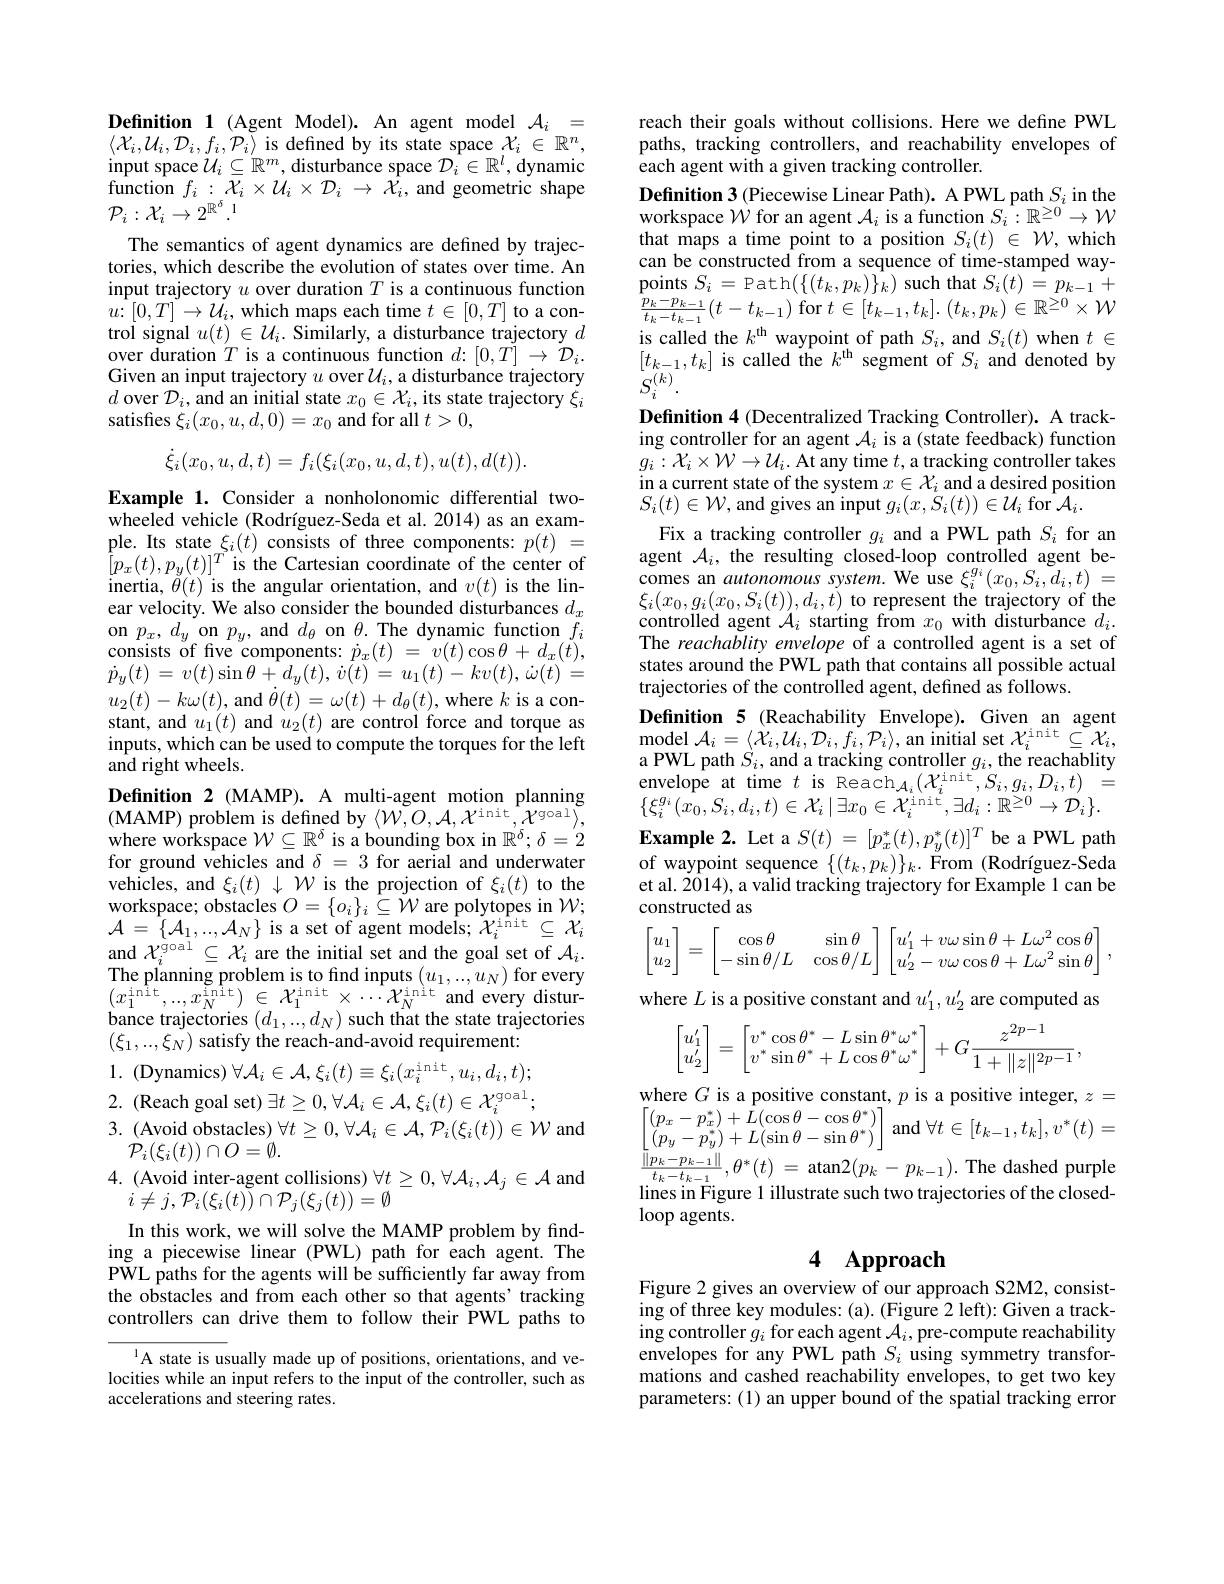
Definition 1 (Agent Model). An agent model $\mathcal{A}_i=$ $\langle\mathcal{X}_{i},\mathcal{U}_{i},\mathcal{D}_{i},f_{i},\mathcal{P}_{i}\rangle$ is defined by its state space $\mathcal{X}_i\in\mathbb{R}^{n}$, input space $\mathcal{U}_i\subseteq\mathbb{R}^m$, disturbance space $\mathcal{D}_i\in\mathbb{R}^l$, dynamic function $f_{i}:\mathcal{X}_{i}\times\mathcal{U}_{i}\times\mathcal{D}_{i}\to\bar{\mathcal{X}}_{i}$,and geometric shape $\mathcal{P}_i:\mathcal{X}_i\to2^{\mathbb{R}^\delta}.^1$
The semantics of agent dynamics are defined by trajectories, which describe the evolution of states over time. An input trajectory $u$ over duration $T$ is a continuous function $\begin{array}{l}{u\colon[0,T]\to U_{i},~\mathrm{which~maps~each~time~}t\in[0,T]~\mathrm{to~a~con-}}\\{\text{trol signal }u(t)\in\mathcal{U}_{i}.~\mathrm{Similarly,~a~disturbance~trajectory~}d}\\{\text{over duration }T~\mathrm{is~a~continuous~function~}d:~[0,T]\to~\mathcal{D}_{i}.}\end{array}$ Given an input trajectory $u$ over $\mathcal{U}_i$, a disturbance trajectory $d$ over $\mathcal{D}_i$, and an initial state $x_0\in\mathcal{X}_i$, its state trajectory $\xi_i$ satisfies $\xi_i(x_0,u,d,0)=x_0$ and for all $t>0$,
$$\dot{\xi}_{i}(x_{0},u,d,t)=f_{i}(\xi_{i}(x_{0},u,d,t),u(t),d(t)).$$
Example 1. Consider a nonholonomic differential twowheeled vehicle (Rodríguez-Seda et al.2014) as an exam- $\begin{array}{ll}{\mathrm{ple.~Its~state~}\xi_{i}(t)~\mathrm{consists~of~three~components:~}p(t)~=}\\{[p_{x}(t),p_{y}(t)]^{T}~\mathrm{is~the~Cartesian~coordinate~of~the~center~of}}\\{\mathrm{inertia,~}\theta(t)~\mathrm{is~the~angular~orientation,~and~}v(t)~\mathrm{is~the~lin-}}\end{array}$ ear velocity. We also consider the bounded disturbances $d_x$ on $p_x,d_y$ on $p_y$, and $d_\theta$ on $\theta.$ The dynamic function $f_i$ consists of five components: $\dot{p}_x(t)~=~\dot{v}(t)\cos\theta+d_x(\bar{t})$, $\dot{p} _{y}( t)$ = $v( t) \sin \theta + d_{y}( t) $, $\dot{v} ( t)$ = $u_{1}( t) -$ $kv( t) $, $\dot{\omega } ( t)$ = $u_{2}(t)-k\omega(t)$, and $\dot\theta(t)=\omega(t)+d_{\theta}(t)$, where $k$ is a constant, and $u_1(t)$ and $u_2(t)$ are control force and torque as inputs, which can be used to compute the torques for the left and right wheels.
Definition 2 (MAMP). A multi-agent motion planning (MAMP) problem is defined by $\langle W, O, \mathcal{A} , \mathcal{X} ^{\mathrm{init}}, \mathcal{X} ^{\mathrm{goal}}\rangle $, where workspace $\mathcal{W}\subseteq\mathbb{R}^\delta$ is a bounding box in $\mathbb{R}^{\prime}^\delta;\delta=2$ for ground vehicles and $\delta=3$ for aerial and underwater vehicles, and $\xi_i(t)\downarrow\mathcal{W}$ is the projection of $\xi_i(t)$ to the $\begin{array}{l}{\mathrm{workspace;~obstacles~}O=\{o_{i}\}_{i}\subseteq\mathcal{W}\text{ are polytopes in}}{\mathcal{W};}\\{\mathcal{A}=\{\mathcal{A}_{1},\ldots,\mathcal{A}_{N}\}\text{ is a set of agent models; }\mathcal{X}_{i}^{\mathrm{init}}\subseteq\mathcal{X}_{i}\\{\mathrm{and~}\mathcal{X}_{i}^{\mathrm{goal}}\subseteq\mathcal{X}_{i}\text{ are the initial set and the goal set of }\mathcal{A}_{i}.}\end{array}}\\$ $\begin{array}{l}{\mathrm{The~planning~problem~is~to~find~inputs~}(u_{1},..,u_{N})~for~every}\\{(x_{1}^{\mathrm{init}},..,x_{N}^{\mathrm{init}})~\in~\mathcal{X}_{1}^{\mathrm{init}}\times\cdots\mathcal{X}_{N}^{\mathrm{init}}~\mathrm{and~every~distur-}}\end{array}$ bance trajectories $(d_1,..,d_N)$ such that the state trajectories $(\xi_1,...,\xi_N)$ satisfy the reach-and-avoid requirement: 1. (Dynamics) $\forall \mathcal{A} _i\in \mathcal{A} , \xi _i( t) \equiv \xi _i( x_i^\mathrm{init}, u_i, d_i, t) ;$ 2. (Reach goal set) $\exists t\geq 0, \forall \mathcal{A} _i\in \mathcal{A} , \xi _i( t) \in \mathcal{X} _i^{\mathrm{goal}};$ 3. (Avoid obstacles) $\forall t\geq0,\forall\mathcal{A}_i\in\mathcal{A},\mathcal{P}_i(\xi_i(t))\in\mathcal{W}$ and
$\mathcal{P}_{i}(\xi_{i}(t))\cap O=\emptyset.$
4. (Avoid inter-agent collisions) $\forall t\geq0,\forall\mathcal{A}_i,\mathcal{A}_j\in\mathcal{A}$ and
$i\neq j,\mathcal{P}_i(\xi_i(t))\cap\mathcal{P}_j(\xi_j(t))\stackrel{'}=\emptyset$
In this work, we will solve the MAMP problem by finding a piecewise linear (PWL) path for each agent. The PWL paths for the agents will be sufficiently far away from the obstacles and from each other so that agents' tracking controllers can drive them to follow their PWL paths to
$^{1}$A state is usually made up of positions, orientations, and velocities while an input refers to the input of the controller, such as accelerations and steering rates.

reach their goals without collisions. Here we define PWL paths, tracking controllers, and reachability envelopes of each agent with a given tracking controller.
$\begin{array}{l}{\textbf{Definition 3}(\text{Piecewise Linear Path). A PWL path }S_i\text{ in the}}\\{\text{workspace }\mathcal{W}\text{ for an agent }\mathcal{A}_i\text{ is a function }S_i:\mathbb{R}^{\geq0}\to\mathcal{W}}\end{array}$ that maps a time point to a position $S_i(t)\in\mathcal{W}$,which can be constructed from a sequence of time-stamped way- $\operatorname*{points}_{n-n}S_{i}=\operatorname*{Path}(\{(t_{k},p_{k})\}_{k})\operatorname*{such}$that$S_{i}(t)\stackrel{\cdot}{=}p_{k-1}+$ $\frac{p_{k}-p_{k-1}}{t_{k}-t_{k-1}}(t-t_{k-1})$ for $t\in [ t_{k- 1}, t_{k}] .$ $( t_{k}, p_{k}) \in \mathbb{R} ^{\geq 0}\times \mathcal{W}$ is called the $k^\mathrm{th}$ waypoint of path $S_i$, and $S_i(t)$ when $t\in$ $[t_{k-1},t_{k}]$ is called the $k^\mathrm{th}$ segment of $S_i$ and denoted by
Definition 4 (Decentralized Tracking Controller). A track- $\begin{array}{l}\text{ing controller for an agent }\mathcal{A}_{i}\text{ is a(state feedback) function}\\g_{i}:\mathcal{X}_{i}\times\mathcal{W}\to\mathcal{U}_{i}.\text{ At any time }t,\text{a tracking controller takes}\end{array}$ in a current state of the system $x\in\mathcal{X}_i$ and a desired position $S_{i}(t)\in\mathcal{W}$,and gives an input $g_i(x,\dot{S}_{i}(t))\in\mathcal{U}_{i}$ for $\hat{\mathcal{A}}_{i}.$
Fix a tracking controller $g_i$ and a PWL path $S_i$ for an agent $\mathcal{A}_i$, the resulting closed-loop controlled agent becomes an autonomous system. We use $\xi_i^{g_{i}}(x_{0},S_{i},\tilde{d}_{i},t)=$ $\xi_{i}(x_{0},g_{i}(x_{0},S_{i}(t)),d_{i},\dot{t})$ to represent the trajectory of the controlled agent $\mathcal{A}_i$ starting from $x_0$ with disturbance $d_i.$ The reachablity envelope of a controlled agent is a set of states around the PWL path that contains all possible actual trajectories of the controlled agent, defined as follows.
Definition 5 (Reachability Envelope). Given an agent ${\mathrm{model}}\mathcal{A}_{i}=\langle\mathcal{X}_{i},\mathcal{U}_{i},\mathcal{D}_{i},f_{i},\mathcal{P}_{i}\rangle$,an initial set $\mathcal{X}_{i}^{\mathrm{init}}\subseteq\mathcal{X}_{i}$, a PWL path $S_i$, and a tracking controller $g_i$, the reachablity envelope at time $t$ is Reach$_{\mathcal{A}_i}(\mathcal{X}_i^{\mathrm{init}},S_i,g_i,D_i,t)$ $\{\xi_{i}^{g_{i}}(\hat{x_{0}},S_{i},d_{i},t)\in\mathcal{X}_{i}\mid\exists x_{0}\in\mathcal{X}_{i}^{\mathrm{init}},\exists d_{i}:\mathbb{R}^{\geq0}\to\mathcal{D}_{i}\}.$ $\textbf{Example 2. Let a }S( t) = [ p_{x}^{* }( t) , p_{y}^{* }( t) ] ^{T}$be a PWL path of waypoint sequence $\{(t_k,p_k)\}_k.$ From $( \text{Rodr\'{ı } guez- Seda}$ et al. 2014), a valid tracking trajectory for Example 1 can be constructed as
$$\begin{bmatrix}u_1\\u_2\end{bmatrix}=\begin{bmatrix}\cos\theta&\sin\theta\\-\sin\theta/L&\cos\theta/L\end{bmatrix}\begin{bmatrix}u_1'+v\omega\sin\theta+L\omega^2\cos\theta\\u_2'-v\omega\cos\theta+L\omega^2\sin\theta\end{bmatrix},$$
where $L$ is a positive constant and $u_1^{\prime},u_2^{\prime}$ are computed as
$$\begin{bmatrix}u_1'\\u_2'\end{bmatrix}=\begin{bmatrix}v^*\cos\theta^*-L\sin\theta^*\omega^*\\v^*\sin\theta^*+L\cos\theta^*\omega^*\end{bmatrix}+G\frac{z^{2p-1}}{1+\|z\|^{2p-1}},$$
where $G$ is a positive constant, $p$ is a positive integer, $z=$ $\begin{bmatrix}(p_{x}-p_{x}^{*})+L(\cos\theta-\cos\theta^{*})\\(p_{y}-p_{y}^{*})+L(\sin\theta-\sin\theta^{*})\end{bmatrix}$ and $\forall t\in[t_k-1,t_k],v^*(t)=$ $\frac {\| p_k- p_{k- 1}\| }{t_k- t_{k- 1}}, \theta ^* ( t)$ =atan$2( p_k$ $- p_{k- 1}) .$The dashed purple lines in Figure 1 illustrate such two trajectories of the closedloop agents.

# 4 Approach

Figure 2 gives an overview of our approach S2M2, consisting of three key modules: (a). (Figure 2 left): Given a tracking controller $g_i$ for each agent $\mathcal{A}_i$,pre-compute reachability envelopes for any PWL path $S_i$ using symmetry transformations and cashed reachability envelopes, to get two key parameters:(1) an upper bound of the spatial tracking error